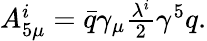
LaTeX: \begin{array}{r}{A_{5\mu}^{i}=\bar{q}\gamma_{\mu}\frac{\lambda^{i}}{2}\gamma^{5}q.}\end{array}